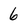
Character: 6